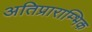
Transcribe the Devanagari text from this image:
अतिप्राराम्भिक